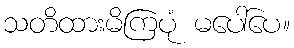
သတိထားမိကြပုံ မပေါ်ပေ။